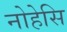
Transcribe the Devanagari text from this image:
नोहेसि